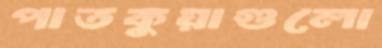
পাতকুয়াগুলো